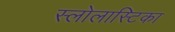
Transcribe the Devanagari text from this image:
स्लोलास्टिका